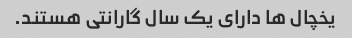
یخچال ها دارای یک سال گارانتی هستند.